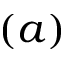
( a )